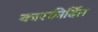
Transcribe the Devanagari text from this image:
कारकीर्दित